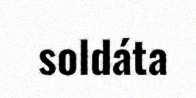
soldáta